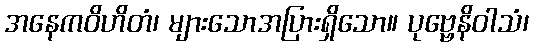
အနေကဝိဟိတံ၊ များသောအပြားရှိသော။ ပုဗ္ဗေနိဝါသံ၊